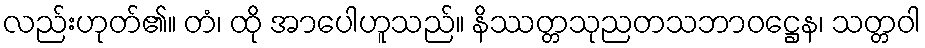
လည်းဟုတ်၏။ တံ၊ ထို အာပေါဟူသည်။ နိဿတ္တသုညတသဘာဝဋ္ဌေန၊ သတ္တဝါ